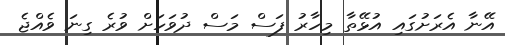
އޭނާ އެރަށުގައި އުޅޭތާ މިިހާރު ފަސް މަސް ދުވަހަށް ވުރެ ގިނަ ވެއްޖެ